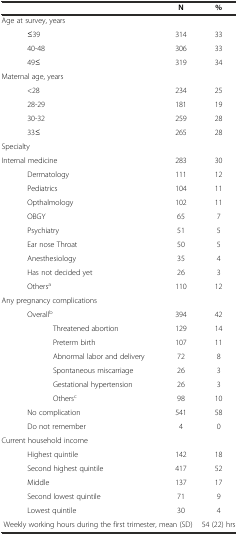
<table><thead><tr><td colspan="3"></td><td><b>N</b></td><td><b>%</b></td></tr></thead><tbody><tr><td colspan="3">Age at survey, years</td><td></td><td></td></tr><tr><td></td><td colspan="2">≤39</td><td>314</td><td>33</td></tr><tr><td></td><td colspan="2">40-48</td><td>306</td><td>33</td></tr><tr><td></td><td colspan="2">49≤</td><td>319</td><td>34</td></tr><tr><td colspan="3">Maternal age, years</td><td></td><td></td></tr><tr><td></td><td colspan="2">&lt;28</td><td>234</td><td>25</td></tr><tr><td></td><td colspan="2">28-29</td><td>181</td><td>19</td></tr><tr><td></td><td colspan="2">30-32</td><td>259</td><td>28</td></tr><tr><td></td><td colspan="2">33≤</td><td>265</td><td>28</td></tr><tr><td colspan="3">Specialty</td><td></td><td></td></tr><tr><td colspan="3">Internal medicine</td><td>283</td><td>30</td></tr><tr><td></td><td colspan="2">Dermatology</td><td>111</td><td>12</td></tr><tr><td></td><td colspan="2">Pediatrics</td><td>104</td><td>11</td></tr><tr><td></td><td colspan="2">Opthalmology</td><td>102</td><td>11</td></tr><tr><td></td><td colspan="2">OBGY</td><td>65</td><td>7</td></tr><tr><td></td><td colspan="2">Psychiatry</td><td>51</td><td>5</td></tr><tr><td></td><td colspan="2">Ear nose Throat</td><td>50</td><td>5</td></tr><tr><td></td><td colspan="2">Anesthesiology</td><td>35</td><td>4</td></tr><tr><td></td><td colspan="2">Has not decided yet</td><td>26</td><td>3</td></tr><tr><td></td><td colspan="2">Others<sup>a</sup></td><td>110</td><td>12</td></tr><tr><td colspan="3">Any pregnancy complications</td><td></td><td></td></tr><tr><td></td><td colspan="2">Overall<sup>b</sup></td><td>394</td><td>42</td></tr><tr><td></td><td></td><td>Threatened abortion</td><td>129</td><td>14</td></tr><tr><td></td><td></td><td>Preterm birth</td><td>107</td><td>11</td></tr><tr><td></td><td></td><td>Abnormal labor and delivery</td><td>72</td><td>8</td></tr><tr><td></td><td></td><td>Spontaneous miscarriage</td><td>26</td><td>3</td></tr><tr><td></td><td></td><td>Gestational hypertension</td><td>26</td><td>3</td></tr><tr><td></td><td></td><td>Others<sup>c</sup></td><td>98</td><td>10</td></tr><tr><td></td><td colspan="2">No complication</td><td>541</td><td>58</td></tr><tr><td></td><td colspan="2">Do not remember</td><td>4</td><td>0</td></tr><tr><td colspan="3">Current household income</td><td></td><td></td></tr><tr><td></td><td colspan="2">Highest quintile</td><td>142</td><td>18</td></tr><tr><td></td><td colspan="2">Second highest quintile</td><td>417</td><td>52</td></tr><tr><td></td><td colspan="2">Middle</td><td>137</td><td>17</td></tr><tr><td></td><td colspan="2">Second lowest quintile</td><td>71</td><td>9</td></tr><tr><td></td><td colspan="2">Lowest quintile</td><td>30</td><td>4</td></tr><tr><td colspan="4">Weekly working hours during the first trimester, mean (SD)</td><td>54 (22) hrs</td></tr></tbody></table>